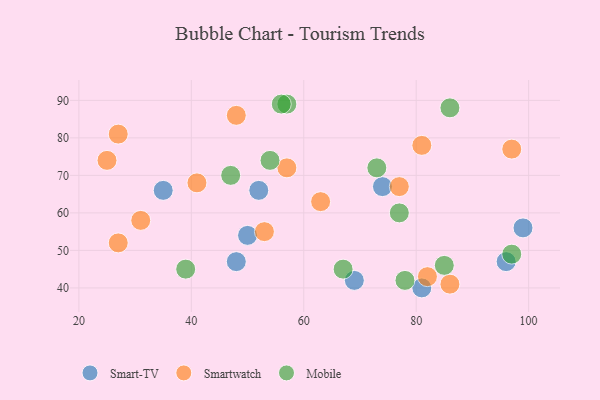
{"axis": {"x": "GDP", "y": "Life Expectancy"}, "legend": ["Mobile", "Smart-TV", "Smartwatch"], "data": [{"x": "50", "y": 54, "type": "Smart-TV"}, {"x": "81", "y": 40, "type": "Smart-TV"}, {"x": "96", "y": 47, "type": "Smart-TV"}, {"x": "35", "y": 66, "type": "Smart-TV"}, {"x": "48", "y": 47, "type": "Smart-TV"}, {"x": "99", "y": 56, "type": "Smart-TV"}, {"x": "52", "y": 66, "type": "Smart-TV"}, {"x": "74", "y": 67, "type": "Smart-TV"}, {"x": "69", "y": 42, "type": "Smart-TV"}, {"x": "53", "y": 55, "type": "Smartwatch"}, {"x": "27", "y": 81, "type": "Smartwatch"}, {"x": "97", "y": 77, "type": "Smartwatch"}, {"x": "31", "y": 58, "type": "Smartwatch"}, {"x": "82", "y": 43, "type": "Smartwatch"}, {"x": "57", "y": 72, "type": "Smartwatch"}, {"x": "86", "y": 41, "type": "Smartwatch"}, {"x": "77", "y": 67, "type": "Smartwatch"}, {"x": "27", "y": 52, "type": "Smartwatch"}, {"x": "41", "y": 68, "type": "Smartwatch"}, {"x": "48", "y": 86, "type": "Smartwatch"}, {"x": "25", "y": 74, "type": "Smartwatch"}, {"x": "63", "y": 63, "type": "Smartwatch"}, {"x": "81", "y": 78, "type": "Smartwatch"}, {"x": "78", "y": 42, "type": "Mobile"}, {"x": "57", "y": 89, "type": "Mobile"}, {"x": "39", "y": 45, "type": "Mobile"}, {"x": "67", "y": 45, "type": "Mobile"}, {"x": "77", "y": 60, "type": "Mobile"}, {"x": "54", "y": 74, "type": "Mobile"}, {"x": "56", "y": 89, "type": "Mobile"}, {"x": "85", "y": 46, "type": "Mobile"}, {"x": "47", "y": 70, "type": "Mobile"}, {"x": "73", "y": 72, "type": "Mobile"}, {"x": "86", "y": 88, "type": "Mobile"}, {"x": "97", "y": 49, "type": "Mobile"}]}